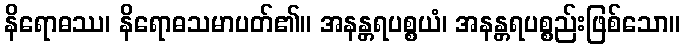
နိရောဓဿ၊ နိရောဓသမာပတ်၏။ အနန္တရပစ္စယံ၊ အနန္တရပစ္စည်းဖြစ်သော။